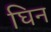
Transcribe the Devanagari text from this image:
घिन